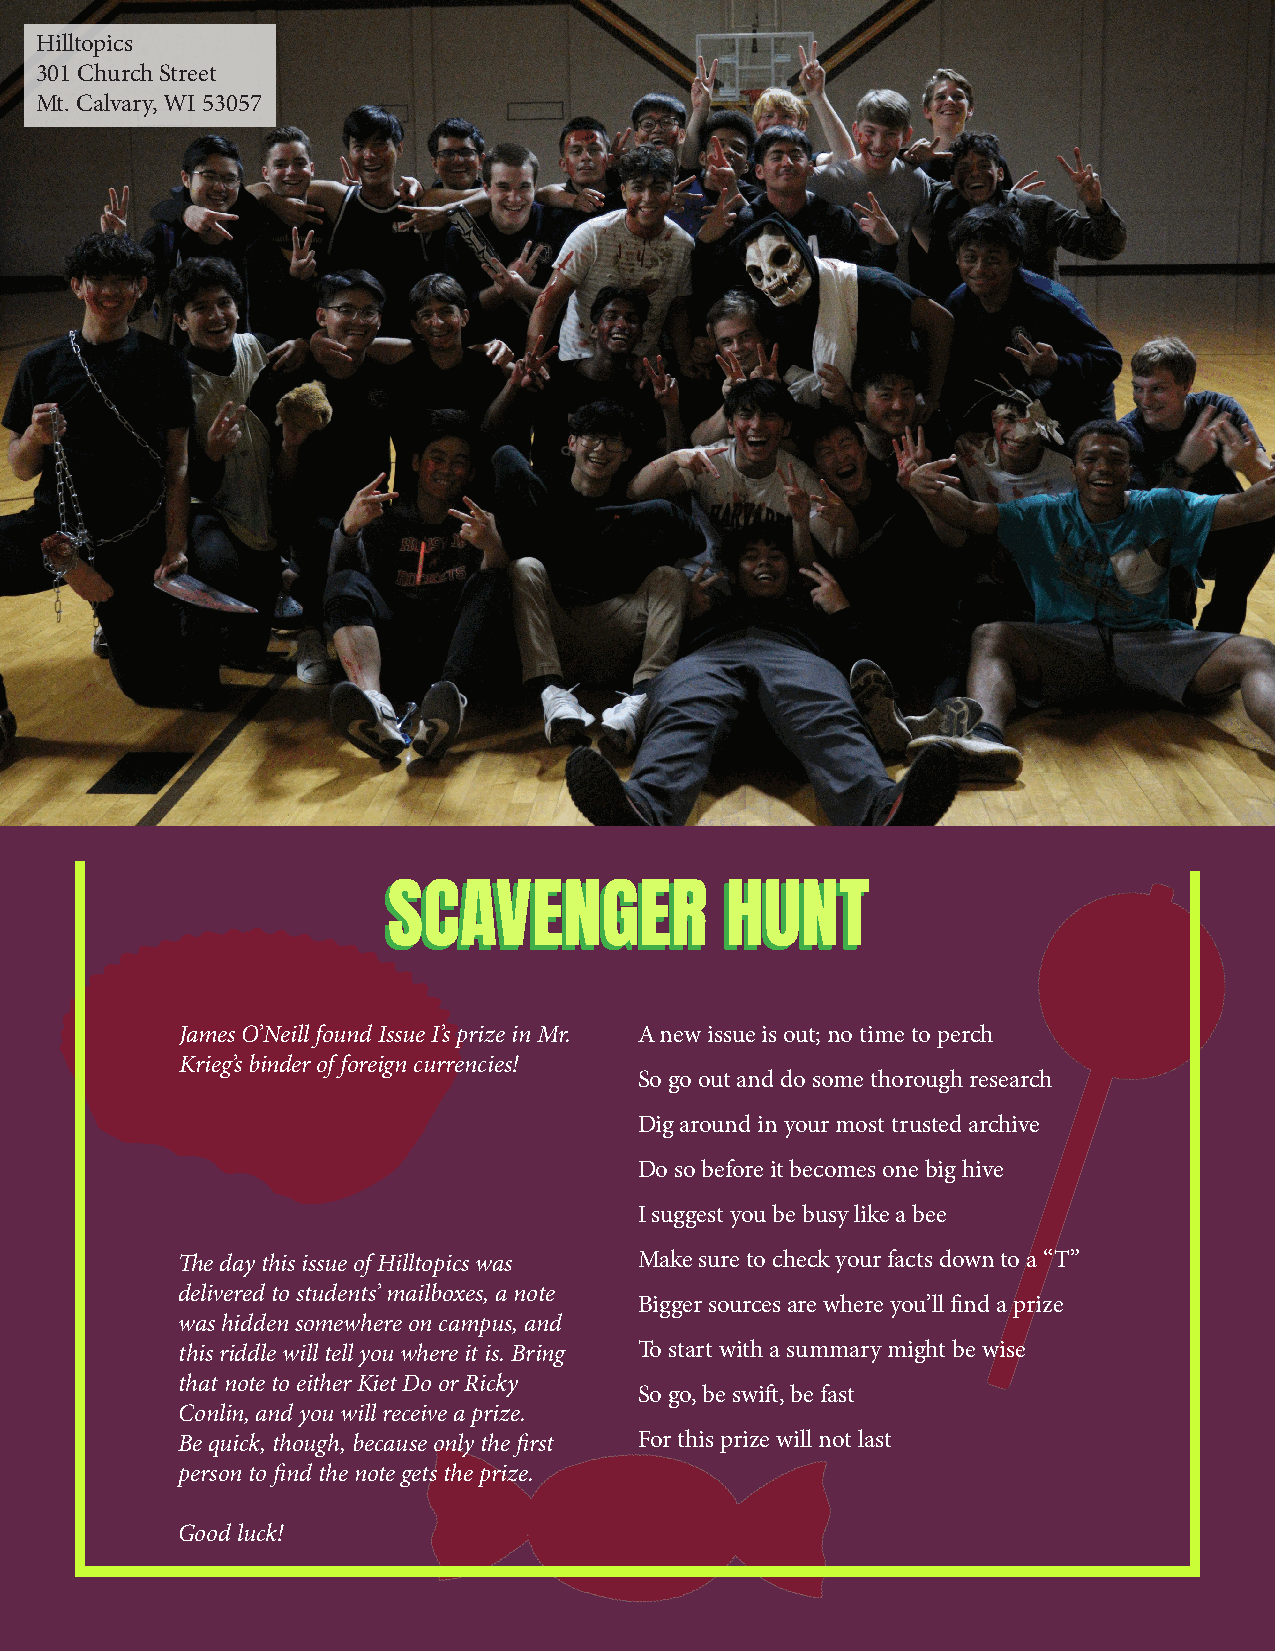
Hilltopics
 301 Church Street
 Mt. Calvary, WI 53057
 SSCCAAVVEENNGGEERR     HHUUNNTT
 James O’Neill found Issue I’s prize in Mr. A new issue is out; no time to perch
 Krieg’s binder of foreign currencies!
 So go out and do some thorough research
 Dig around in your most trusted archive
 Do so before it becomes one big hive
 I suggest you be busy like a bee
 The day this issue of Hilltopics was Make sure to check your facts down to a “T”
 delivered to students’ mailboxes, a note
 Bigger sources are where you’ll find a prize
 was hidden somewhere on campus, and
 this riddle will tell you where it is. Bring To start with a summary might be wise
 that note to either Kiet Do or Ricky
 So go, be swift, be fast
 Conlin, and you will receive a prize.
 Be quick, though, because only the first For this prize will not last
 person to find the note gets the prize.
 Good luck!
 2211